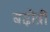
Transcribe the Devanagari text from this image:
बढो़त्री